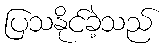
ပြသနိုင်ခဲ့သည်